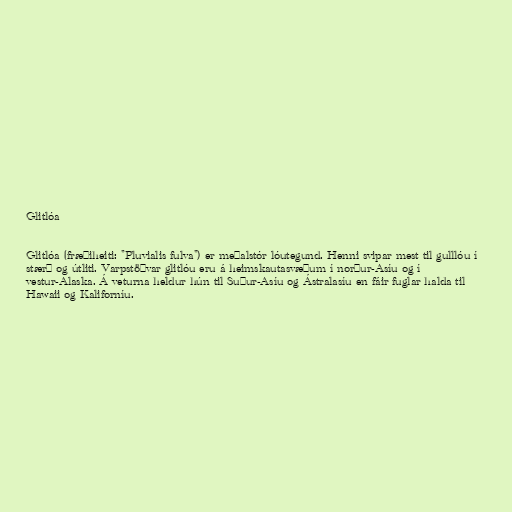
Glitlóa

Glitlóa (fræðiheiti: "Pluvialis fulva") er meðalstór lóutegund. Henni svipar mest til gulllóu í
stærð og útliti. Varpstöðvar glitlóu eru á heimskautasvæðum í norður-Asíu og í
vestur-Alaska. Á veturna heldur hún til Suður-Asíu og Ástralasíu en fáir fuglar halda til
Hawaii og Kaliforníu.